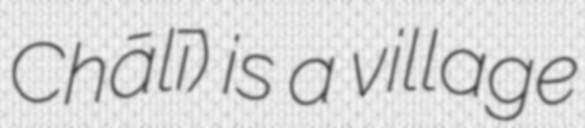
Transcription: Chālī) is a village